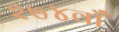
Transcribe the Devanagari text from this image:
२७४वाँ